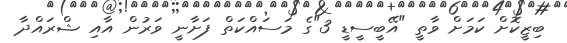
ބިޒީކޮށް ކަމަށް ވާތީ "އޭބީސީޑީ 3"ގެ މަސައްކަތް ފަށާނީ ވަރުން އާއި ޝްރައްދާ